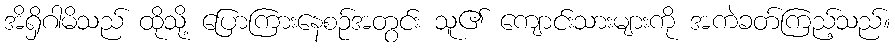
အိရှိဂါမိသည် ထိုသို့ ပြောကြားနေစဉ်အတွင်း သူ၏ ကျောင်းသားများကို အကဲခတ်ကြည့်သည်။